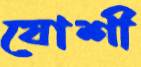
যোশী